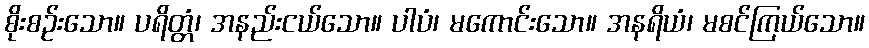
စိုးစဉ်းသော။ ပရိတ္တံ၊ အနည်းငယ်သော။ ပါပံ၊ မကောင်းသော။ အနရိယံ၊ မစင်ကြယ်သော။